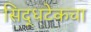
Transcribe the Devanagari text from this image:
सिद्धटेकचा